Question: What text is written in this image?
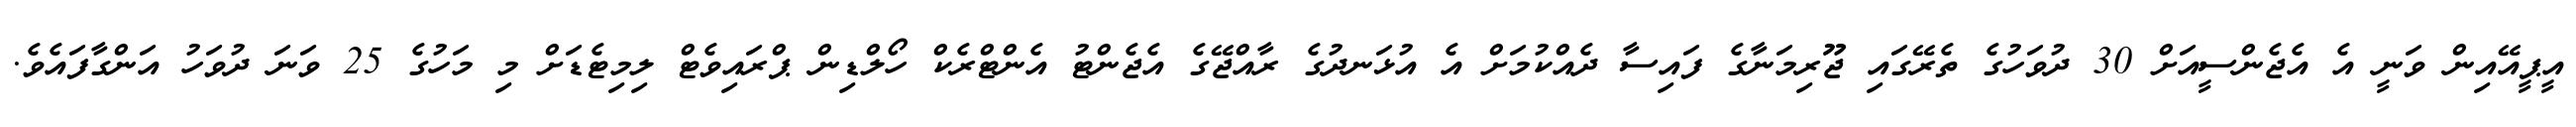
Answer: އީޕީއޭއިން ވަނީ އެ އެޖެންސީއަށް 30 ދުވަހުގެ ތެރޭގައި ޖޫރިމަނާގެ ފައިސާ ދެއްކުމަށް އެ އުޅަނދުގެ ރާއްޖޭގެ އެޖެންޓު އެންޓްރެކް ހޯލްޑިން ޕްރައިވެޓް ލިމިޓެޑަށް މި މަހުގެ 25 ވަނަ ދުވަހު އަންގާފައެވެ.